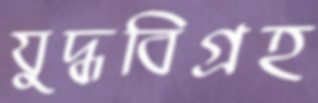
যুদ্ধবিগ্রহ